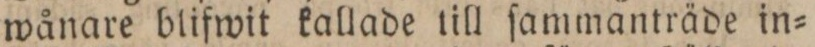
wånare blifwit kallade till ſammanträde in=